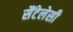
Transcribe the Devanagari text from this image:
सैंटेलेसी